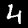
Digit: 4